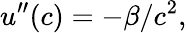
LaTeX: u^{\prime\prime}(c)=-\beta/c^{2},